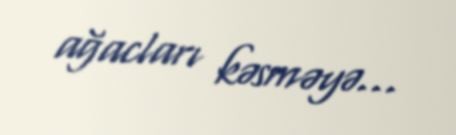
ağacları kəsməyə...